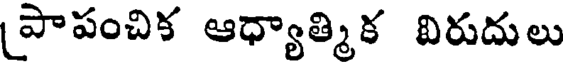
పాపంచిక ఆధ్యాత్మిక విరుదులు